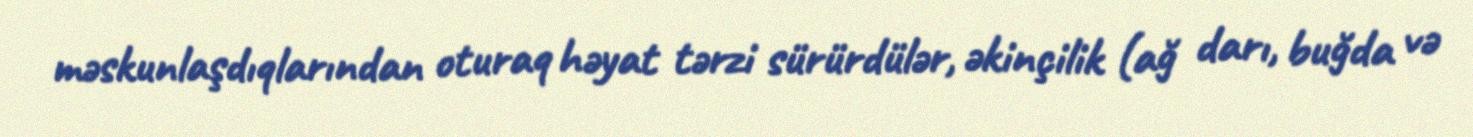
məskunlaşdıqlarından oturaq həyat tərzi sürürdülər, əkinçilik (ağ darı, buğda və